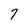
Character: 7